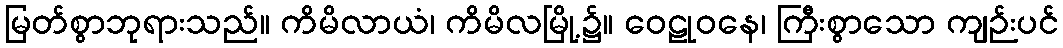
မြတ်စွာဘုရားသည်။ ကိမိလာယံ၊ ကိမိလမြို့၌။ ဝေဠုဝနေ၊ ကြီးစွာသော ကျဉ်းပင်